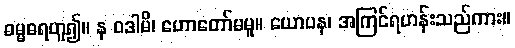
ဓမ္မဓရဟူ၍။ န ဝဒါမိ၊ ဟောတော်မမူ။ ယောပန၊ အကြင်ရဟန်းသည်ကား။